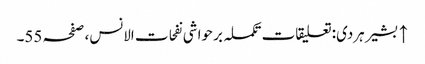
↑ بشیر ہردی: تعلیقات تکملہ بر حواشی نفحات الانس، صفحہ 55۔